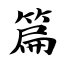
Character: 篇